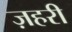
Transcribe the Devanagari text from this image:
ज़हरी